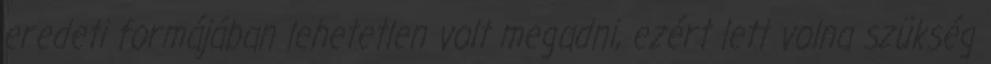
eredeti formájában lehetetlen volt megadni, ezért lett volna szükség